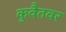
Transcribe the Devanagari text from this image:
कुवैतवर